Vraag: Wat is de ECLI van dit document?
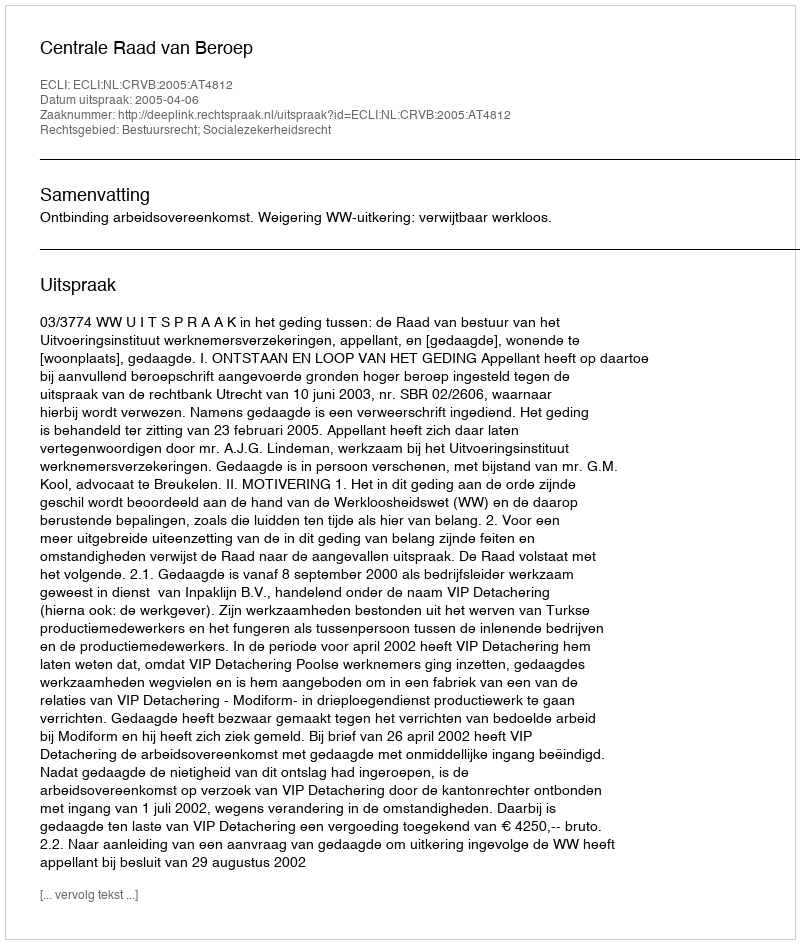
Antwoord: ECLI:NL:CRVB:2005:AT4812